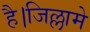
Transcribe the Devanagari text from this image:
है।जिल्लामे